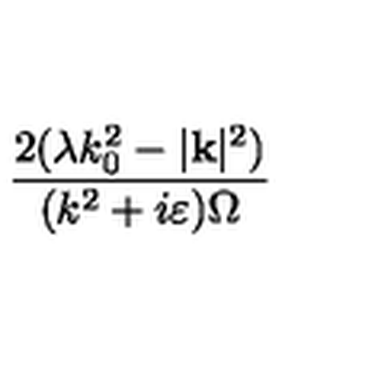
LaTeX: \frac { 2 ( \lambda k _ { 0 } ^ { 2 } - | \mathbf { k } | ^ { 2 } ) } { ( k ^ { 2 } + i \varepsilon ) \Omega }